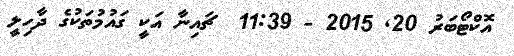
އޮކްޓޯބަރު 20